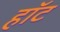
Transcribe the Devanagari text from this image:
हाॅट